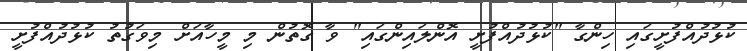
ކުޅުދުއްފުށީގައި ހިންގާ "ކުޅުދުއްފުށީ އޮންލައިންގައި" ވާ ގޮތުން މި މީހާއަށް މިވަގުތު ކުޅުދުއްފުށީ